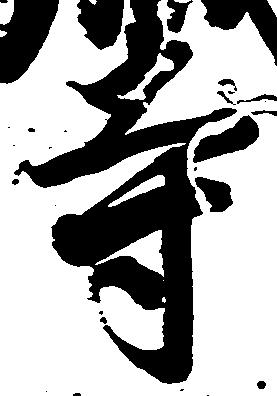
寺